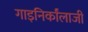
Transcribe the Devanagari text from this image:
गाइनिर्कांलाजी